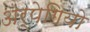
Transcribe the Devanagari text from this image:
अर्पेगियो